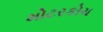
મોટરકોચ